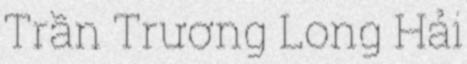
Trần Trương Long Hải